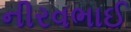
નીરવભાઈ